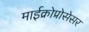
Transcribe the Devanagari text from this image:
माईक्रोप्रोसेसर